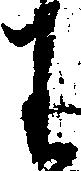
わ